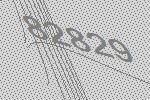
82829